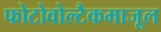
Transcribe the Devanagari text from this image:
फोटोवोल्टैकमाजूल